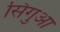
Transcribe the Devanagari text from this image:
सिंगुआ